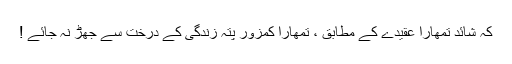
کہ شائد تمھارا عقیدے کے مطابق ، تمھارا کمزور پتہ زندگی کے درخت سے جھڑ نہ جائے !